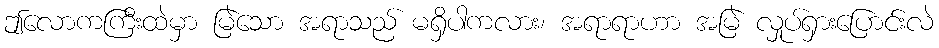
ဤလောကကြီးထဲမှာ မြဲသော အရာသည် မရှိပါကလား၊ အရာရာဟာ အမြဲ လှုပ်ရှားပြောင်းလဲ